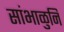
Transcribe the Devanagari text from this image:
सांभाळुनि